Rangoon Lunatic Asylum 1878-1892 - 1878-1892
Year: 1878
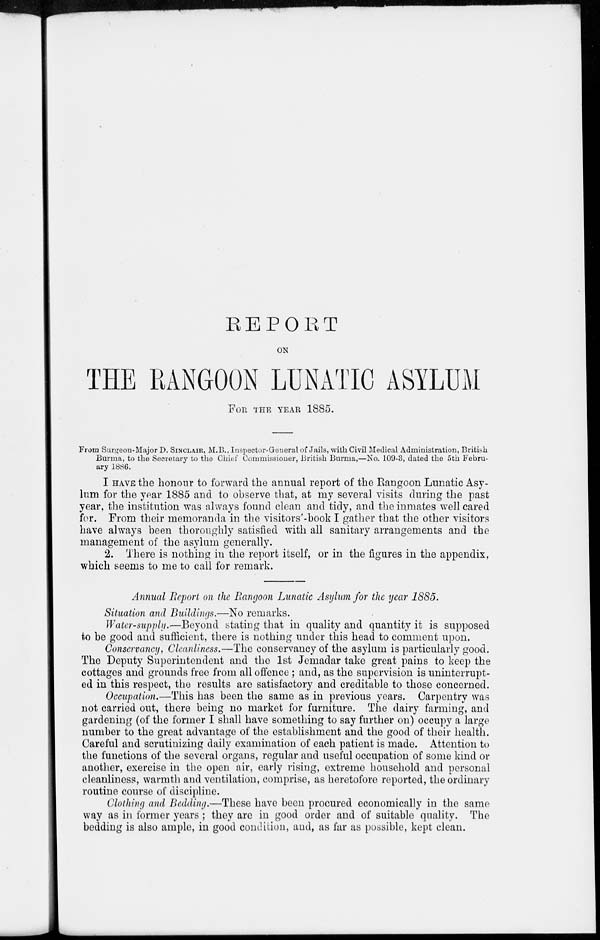
REPORT
ON
THE RANGOON LUNATIC ASYLUM
FOR THE YEAR 1885.
From Surgeon-Major D. SINCLAIR,M.B., Inspector-General of Jails, with Civil Medical Administration, British
Burma, to the Secretary to the Chief Commissioner, British Burma,—No. 109-3, dated the 5th Febru-
ary 1886.
I HAVE the honour to forward the annual report of the Rangoon Lunatic Asy-
lum for the year 1885 and to observe that, at my several visits during the past
year, the institution was always found clean and tidy, and the inmates well cared
for. From their memoranda in the visitors'-book I gather that the other visitors
have always been thoroughly satisfied with all sanitary arrangements and the
management of the asylum generally.
2. There is nothing in the report itself, or in the figures in the appendix,
which seems to me to call for remark.
Annual Report on the Rangoon Lunatic Asylum for the year 1885.
Situation and Buildings.—No remarks.
Water-supply.—Beyond stating that in quality and quantity it is supposed
to be good and sufficient, there is nothing under this head to comment upon.
Conservancy, Cleanliness.—The conservancy of the asylum is particularly good.
The Deputy Superintendent and the 1st Jemadar take great pains to keep the
cottages and grounds free from all offence ; and, as the supervision is uninterrupt-
ed in this respect, the results are satisfactory and creditable to those concerned.
Occupation.—This has been the same as in previous years. Carpentry was
not carried out, there being no market for furniture. The dairy farming, and
gardening (of the former I shall have something to say further on) occupy a large
number to the great advantage of the establishment and the good of their health.
Careful and scrutinizing daily examination of each patient is made. Attention to
the functions of the several organs, regular and useful occupation of some kind or
another, exercise in the open air, early rising, extreme household and personal
cleanliness, warmth and ventilation, comprise, as heretofore reported, the ordinary
routine course of discipline.
Clothing and Bedding.—These have been procured economically in the same
way as in former years ; they are in good order and of suitable quality. The
bedding is also ample, in good condition, and, as far as possible, kept clean.